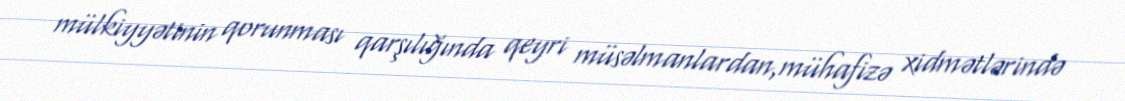
mülkiyyətinin qorunması qarşılığında qeyri müsəlmanlardan,mühafizə xidmətlərində